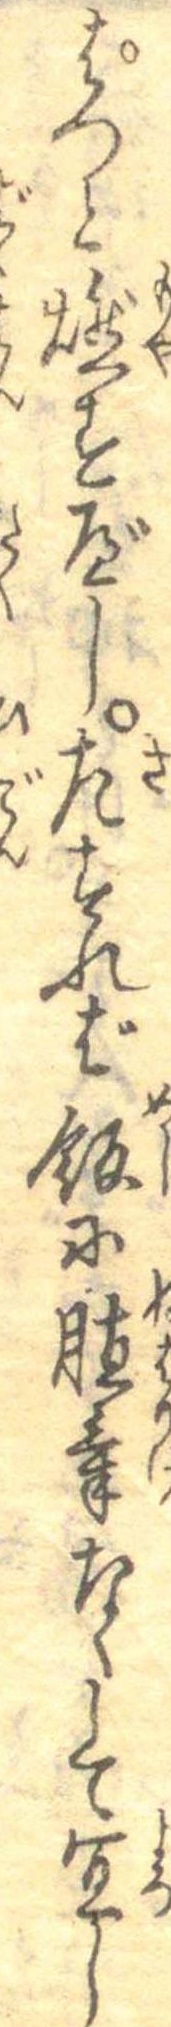
ぱつと燃すべし左すれば飯に䐈気なくして宜し